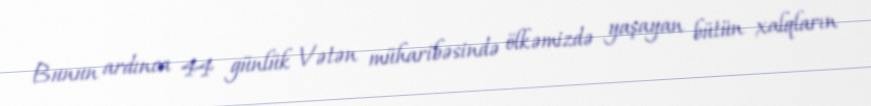
Bunun ardınca 44 günlük Vətən müharibəsində ölkəmizdə yaşayan bütün xalqların